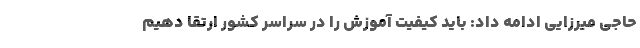
حاجی میرزایی ادامه داد: باید کیفیت آموزش را در سراسر کشور ارتقا دهیم